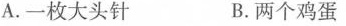
A.一枚大头针 B.两个鸡蛋